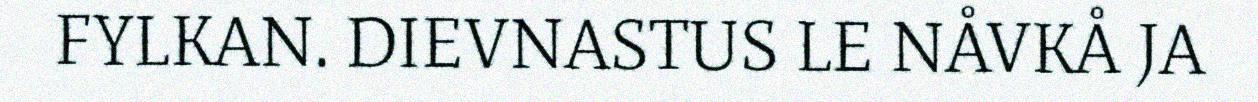
FYLKAN. DIEVNASTUS LE NÅVKÅ JA